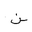
Letter: _non